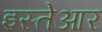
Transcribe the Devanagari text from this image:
इस्तेआर